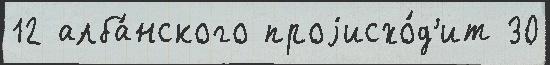
12 алба́нского проjисхо́д'ит 30